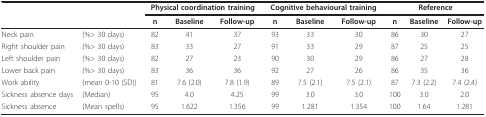
<table><thead><tr><td></td><td></td><td colspan="3"><b>Physical coordination training</b></td><td colspan="3"><b>Cognitive behavioural training</b></td><td colspan="3"><b>Reference</b></td></tr><tr><td></td><td></td><td><b>n</b></td><td><b>Baseline</b></td><td><b>Follow-up</b></td><td><b>n</b></td><td><b>Baseline</b></td><td><b>Follow-up</b></td><td><b>n</b></td><td><b>Baseline</b></td><td><b>Follow-up</b></td></tr></thead><tbody><tr><td>Neck pain</td><td>(%&gt; 30 days)</td><td>82</td><td>41</td><td>37</td><td>93</td><td>33</td><td>30</td><td>86</td><td>30</td><td>27</td></tr><tr><td>Right shoulder pain</td><td>(%&gt; 30 days)</td><td>83</td><td>33</td><td>27</td><td>91</td><td>33</td><td>29</td><td>87</td><td>25</td><td>25</td></tr><tr><td>Left shoulder pain</td><td>(%&gt; 30 days)</td><td>82</td><td>27</td><td>23</td><td>90</td><td>30</td><td>29</td><td>86</td><td>27</td><td>28</td></tr><tr><td>Lower back pain</td><td>(%&gt; 30 days)</td><td>83</td><td>36</td><td>36</td><td>92</td><td>27</td><td>26</td><td>86</td><td>35</td><td>36</td></tr><tr><td>Work ability</td><td>(mean 0-10 (SD))</td><td>81</td><td>7.6 (2.0)</td><td>7.8 (1.9)</td><td>89</td><td>7.5 (2.1)</td><td>7.5 (2.1)</td><td>87</td><td>7.3 (2.2)</td><td>7.4 (2.4)</td></tr><tr><td>Sickness absence days</td><td>(Median)</td><td>95</td><td>4.0</td><td>4.25</td><td>99</td><td>3.0</td><td>3.0</td><td>100</td><td>3.0</td><td>2.0</td></tr><tr><td>Sickness absence</td><td>(Mean spells)</td><td>95</td><td>1.622</td><td>1.356</td><td>99</td><td>1.281</td><td>1.354</td><td>100</td><td>1.64</td><td>1.281</td></tr></tbody></table>